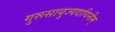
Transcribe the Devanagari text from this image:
गुरूसायुज्यदायिनीम्